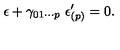
\epsilon + \gamma _ { 0 1 \cdots p } \ \epsilon _ { ( p ) } ^ { \prime } = 0 .